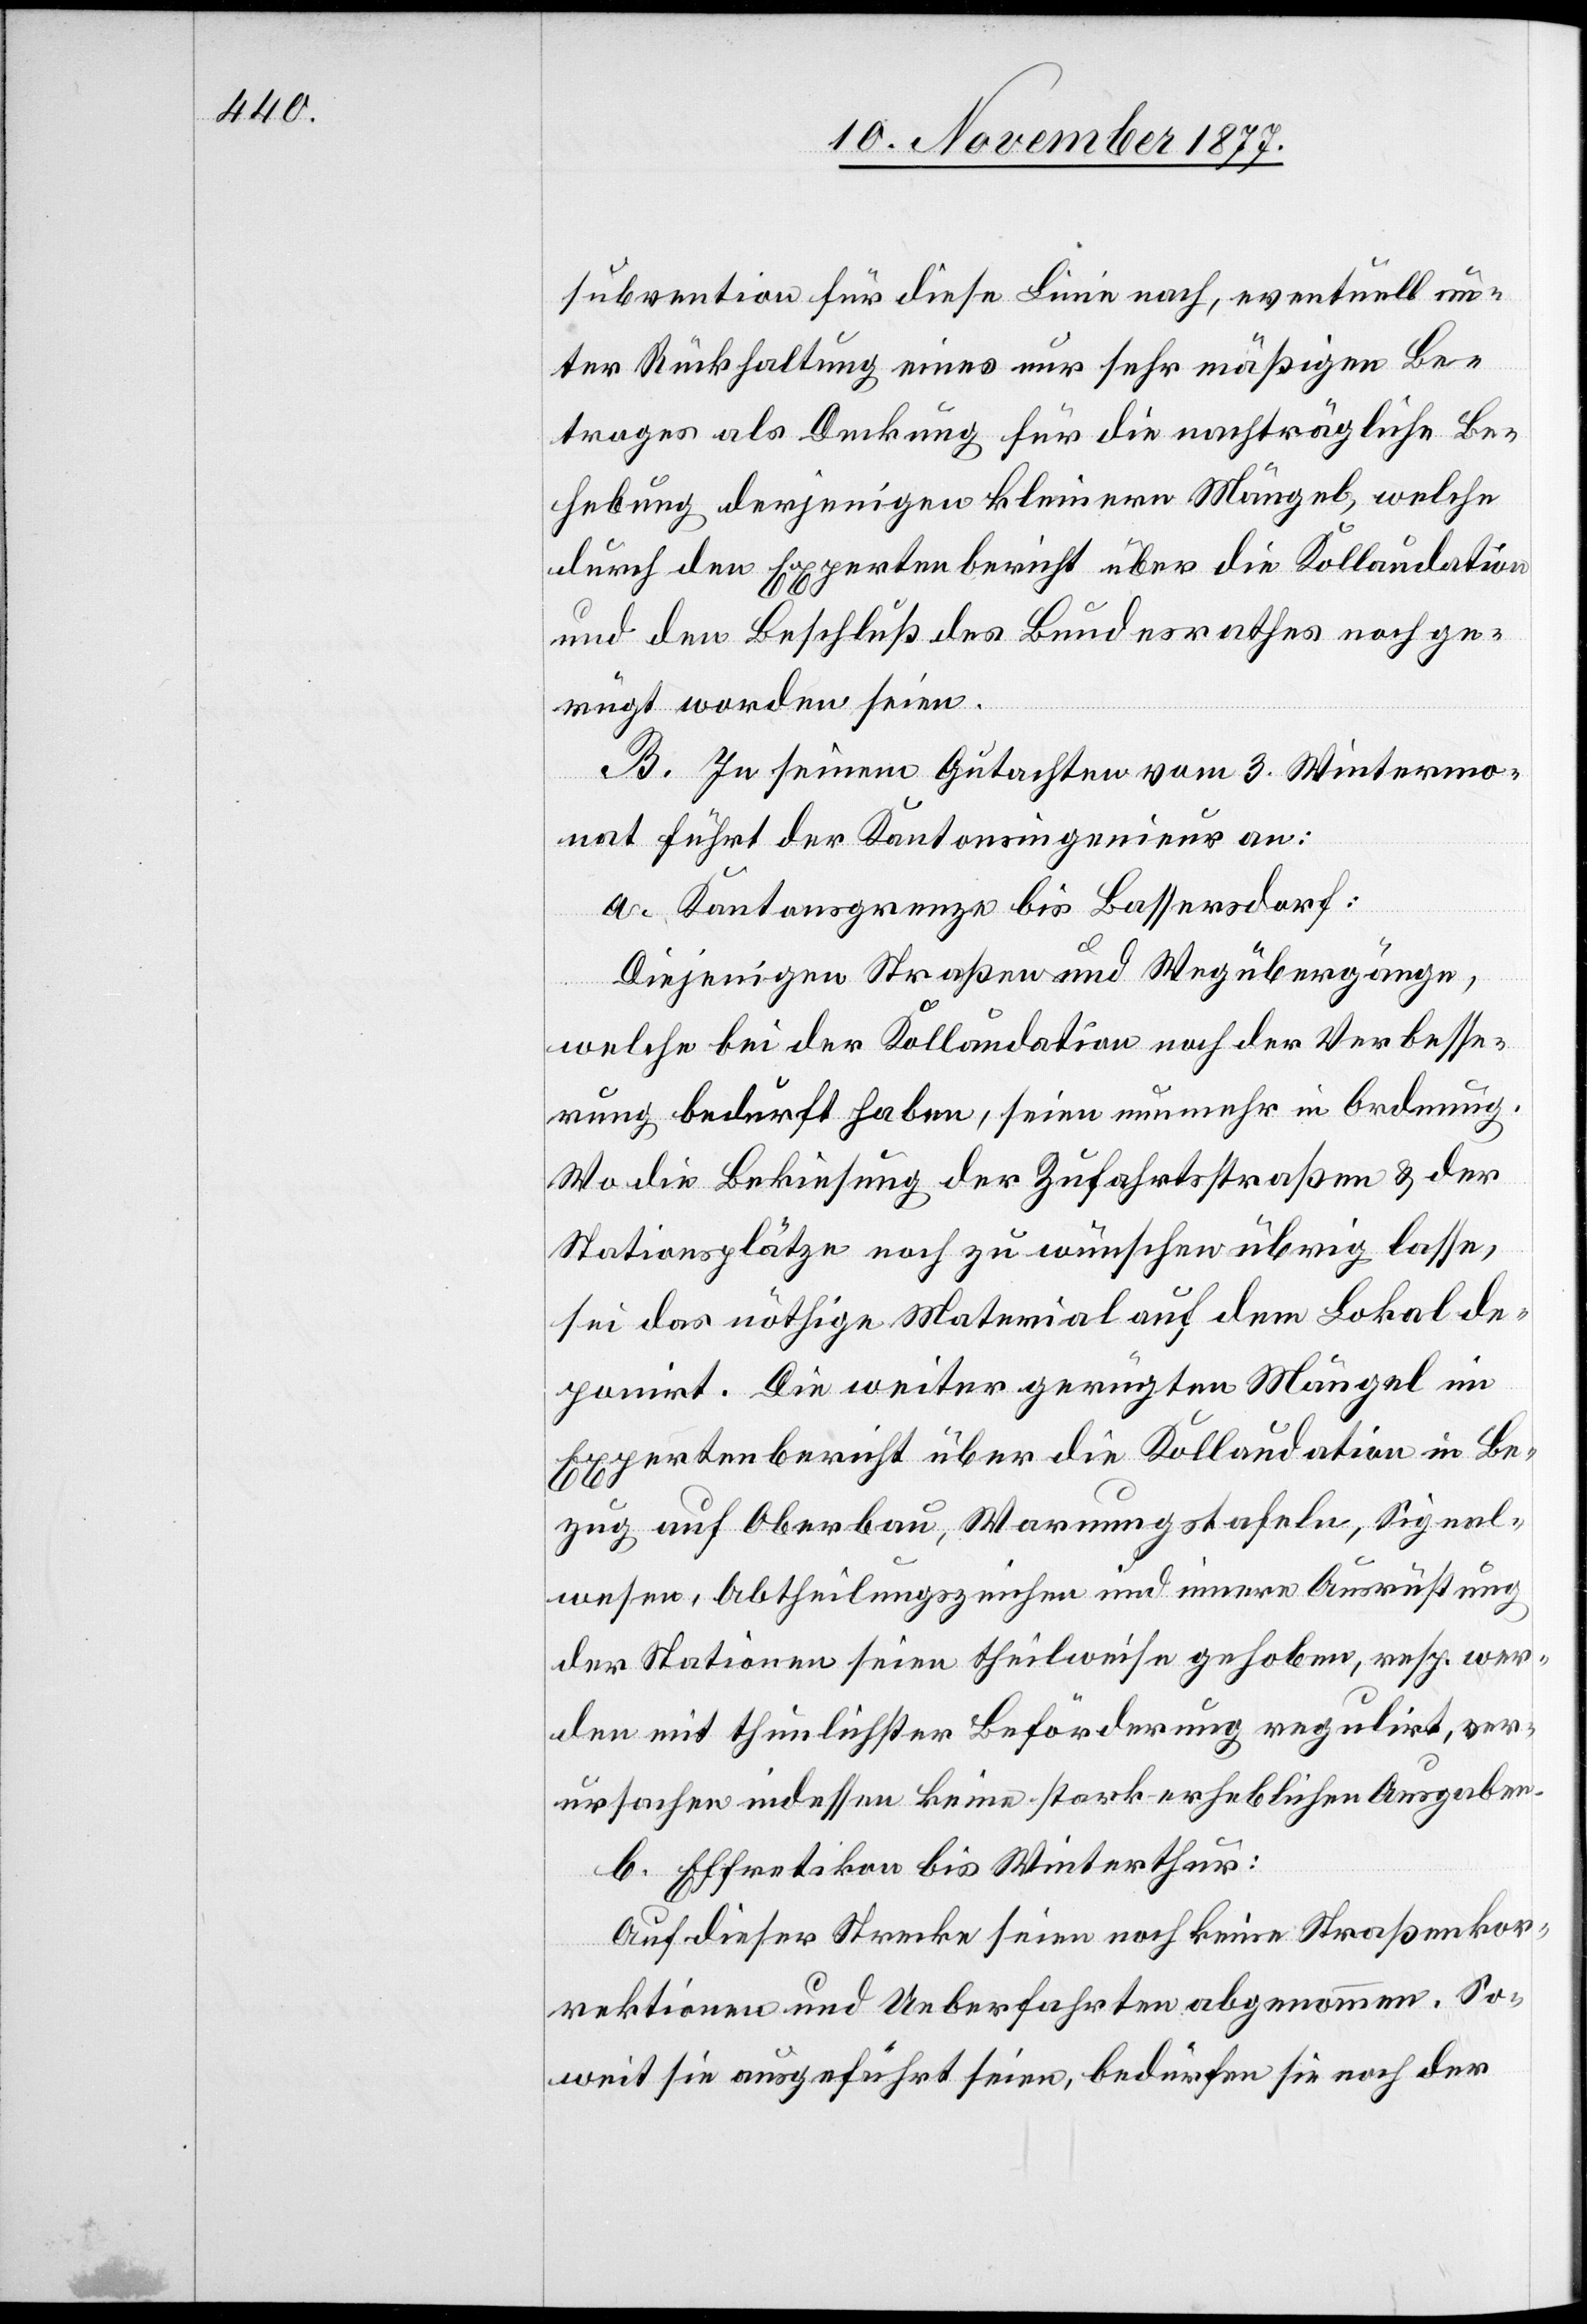
subvention für diese Linie nach, eventuell un¬
ter Rückhaltung eines nur sehr mäßigen Be¬
trages als Deckung für die nachträgliche Be¬
hebung derjenigen kleinern Mängel, welche
durch den Expertenbericht über die Kollaudation
und den Beschluß des Bundesrathes noch ge¬
rügt worden seien.
B. In seinem Gutachten vom 3. Wintermo¬
nat führt der Kantonsingenieur an:
a. Kantonsgrenze bis Bassersdorf:
Diejenigen Straßen und Wegübergänge,
welche bei der Kollaudation noch der Verbesse¬
rung bedurft haben, seien nunmehr in Ordnung.
Wo die Bekiesung der Zufahrtsstraßen & der
Stationsplätze noch zu wünschen übrig lasse,
sei das nöthige Material auf dem Lokal de¬
ponirt. Die weiter gerügten Mängel im
Expertenbericht über die Kollaudation in Be¬
zug auf Oberbau, Warnungstafeln, Signal¬
wesen, Abtheilungszeichen und innere Ausrüstung
der Stationen seien theilweise gehoben, resp. wer¬
den mit thunlichster Beförderung regulirt, ver¬
ursachen indessen keine stark erheblichen Ausgaben.
b. Effretikon bis Winterthur:
Auf dieser Strecke seien noch keine Straßenkor¬
rektionen und Ueberfahrten abgenommen. So¬
weit sie ausgeführt seien, bedürfen sie noch der